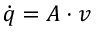
{ \dot { q } } = A \cdot v